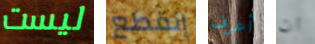
ليست إنقطع أعرف ان